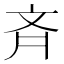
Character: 斉